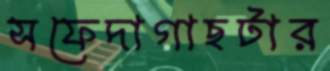
সফেদাগাছটার